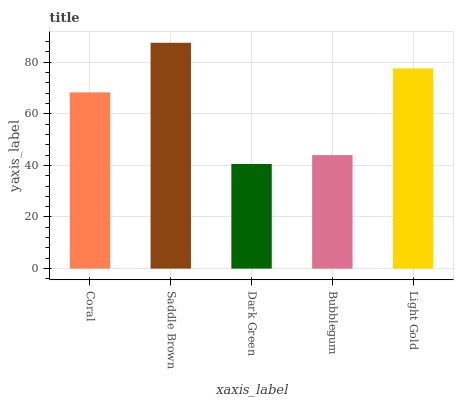
| xaxis_label | bars |
 | --- | --- |
 | Coral | 68.3 |
 | Saddle Brown | 87.5 |
 | Dark Green | 40.5 |
 | Bubblegum | 44 |
 | Light Gold | 77.6 |